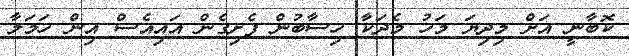
ކޮބާނީ އަށް މިދިޔަ މަހު މެދަކާ ހިސާބުން ފެށިގެން އައިއެސް އިން ހަމަލާ